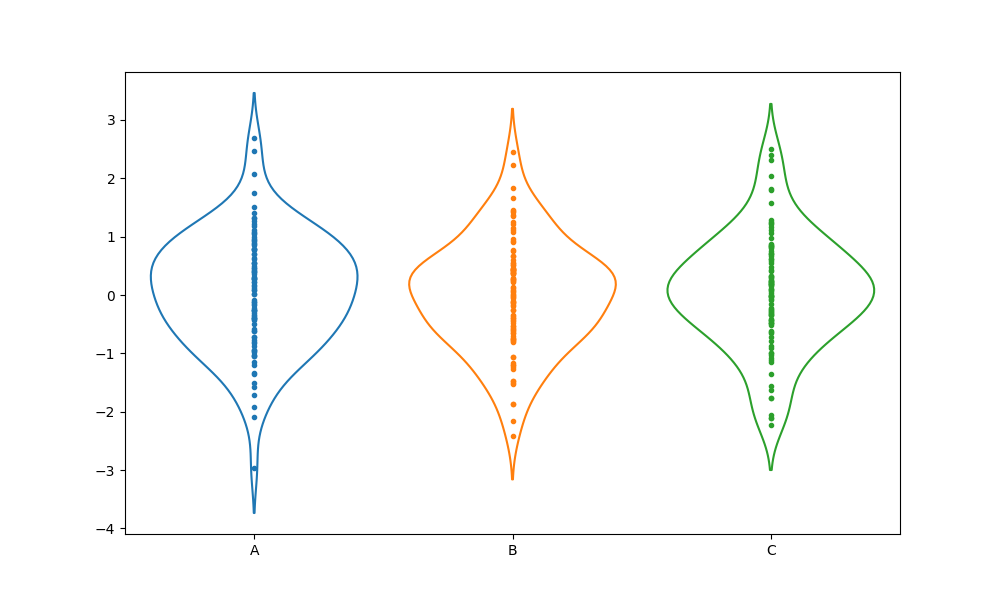
python, seaborn, violinplot, scale='count', split='False', inner='point', fill='False'